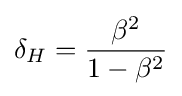
\delta _{H}={\frac {\beta ^{2}}{1-\beta ^{2}}}